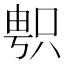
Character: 𠷓